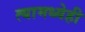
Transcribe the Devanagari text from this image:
त्यामध्येही